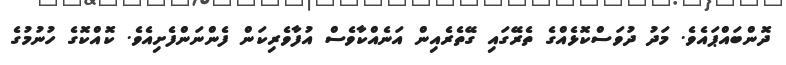
ދޮންބައްޕައެވެ. މަދު ދުވަސްކޮޅެއްގެ ތެރޭގައި ގޭތެރެއިން އަނެއްކާވެސް އުފާވެރިކަން ފެންނަންފެށިއެވެ. ކޮއްކޮގެ ހުނުމުގެ